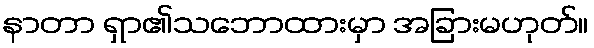
နာတာ ရှာ၏သဘောထားမှာ အခြားမဟုတ်။